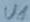
Text: U1